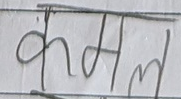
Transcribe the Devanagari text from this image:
कमल